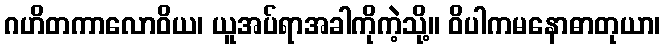
ဂဟိတကာလောဝိယ၊ ယူအပ်ရာအခါကိုကဲ့သို့။ ဝိပါကမနောဓာတုယာ၊